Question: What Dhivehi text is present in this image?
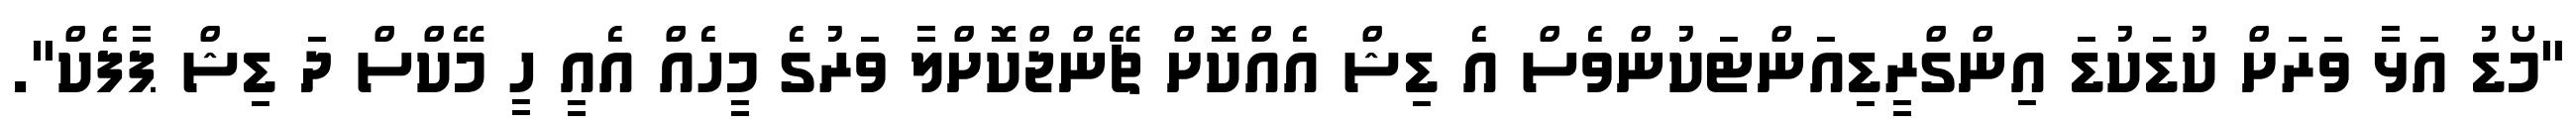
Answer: "މޯޑު އަޅާ ވަރަށް ކުޑަކުޑަ އިންގްރީޑިއަންޓަކުންވެސް އެ ޑިޝް އެއްކޮށް ޗޭންޖްކޮށްލާ ވަރުގެ މީހެއް އެއީ ހީ މޭކްސް ދަ ޑިޝް ޕާފެކް".